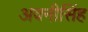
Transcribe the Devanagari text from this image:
अवनीसिंह